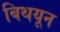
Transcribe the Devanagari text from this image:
बिथयून